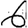
Digit: 6